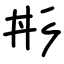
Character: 㣋